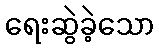
ရေးဆွဲခဲ့သော